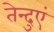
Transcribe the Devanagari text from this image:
तेन्दुएं